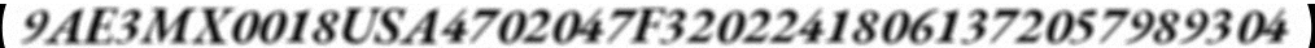
9AE3MX0018USA4702047F32022418061372057989304